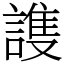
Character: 謢